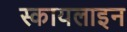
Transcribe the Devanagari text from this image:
स्कायलाइन